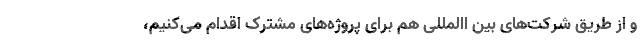
و از طریق شرکت‌های بین االمللی هم برای پروژه‌های مشترک اقدام می‌کنیم،